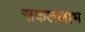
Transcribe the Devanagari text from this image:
सकललाभ